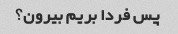
پس فردا بریم بیرون؟